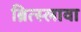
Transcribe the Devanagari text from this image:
ब्रित्स्लावा